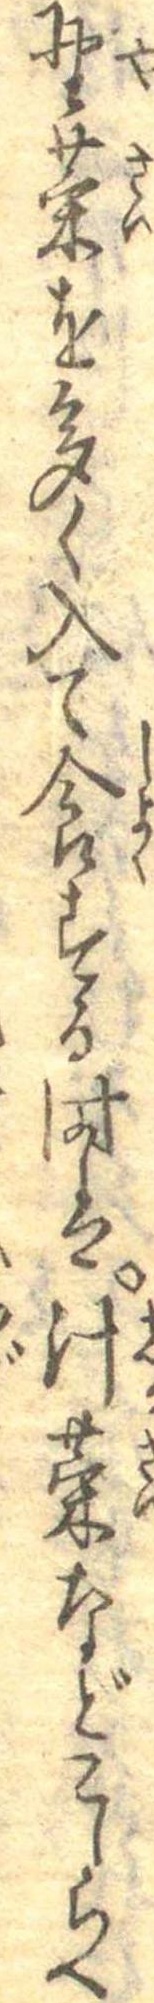
野菜を多く入て食する時は汁菜などこしらへ